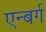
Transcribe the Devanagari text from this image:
एन्बर्ग